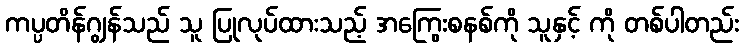
ကပ္ပတိန်ဂျွန်သည် သူ ပြုလုပ်ထားသည့် အကြွေးစနစ်ကို သူနှင့် ကို တစ်ပါတည်း